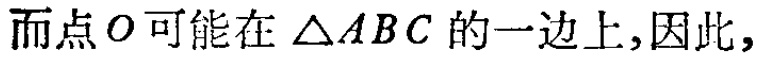
而点\(O\)可能在\(\triangle ABC\)的一边上,因此,